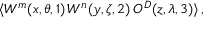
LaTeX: \langle { \cal W } ^ { m } ( x , \theta , 1 ) \, { \cal W } ^ { n } ( y , \zeta , 2 ) \, { \cal O } ^ { { \cal D } } ( z , \lambda , 3 ) \rangle \, ,